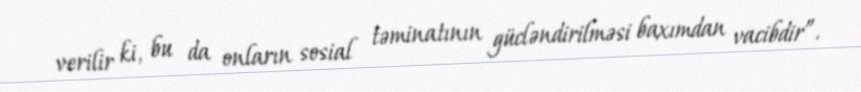
verilir ki, bu da onların sosial təminatının gücləndirilməsi baxımdan vacibdir”.